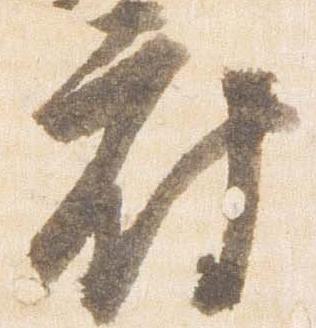
府